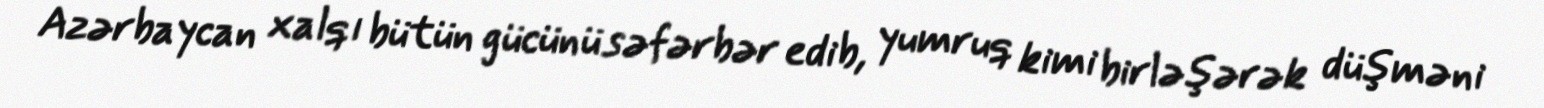
Azərbaycan xalqı bütün gücünü səfərbər edib, yumruq kimi birləşərək düşməni